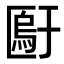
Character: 𫧙